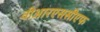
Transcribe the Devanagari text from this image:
वीआरएससीएफ